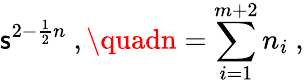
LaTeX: \mathsf{s}^{2-\frac{{1}}{{2}}n}\ ,\quadn=\sum_{i=1}^{m+2}n_{i}\ ,